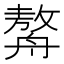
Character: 𦪈